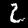
Label: 2